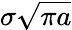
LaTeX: \sigma{\sqrt{\pi a}}